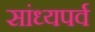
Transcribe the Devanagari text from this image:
सांध्यपर्व